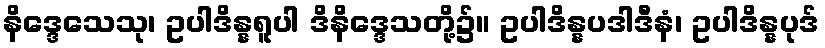
နိဒ္ဒေသေသု၊ ဥပါဒိန္နရူပါ ဒိနိဒ္ဒေသတို့၌။ ဥပါဒိန္နပဒါဒီနံ၊ ဥပါဒိန္နပုဒ်